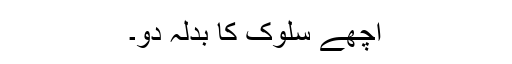
اچھے سلوک کا بدلہ دو۔